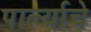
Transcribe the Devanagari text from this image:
पार्ल्याचे